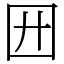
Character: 㘟